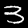
Digit: 3